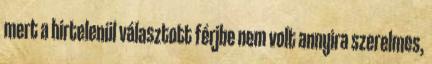
mert a hirtelenül választott férjbe nem volt annyira szerelmes,